Jaan_Tonisson_(Lasteleht), lk 56
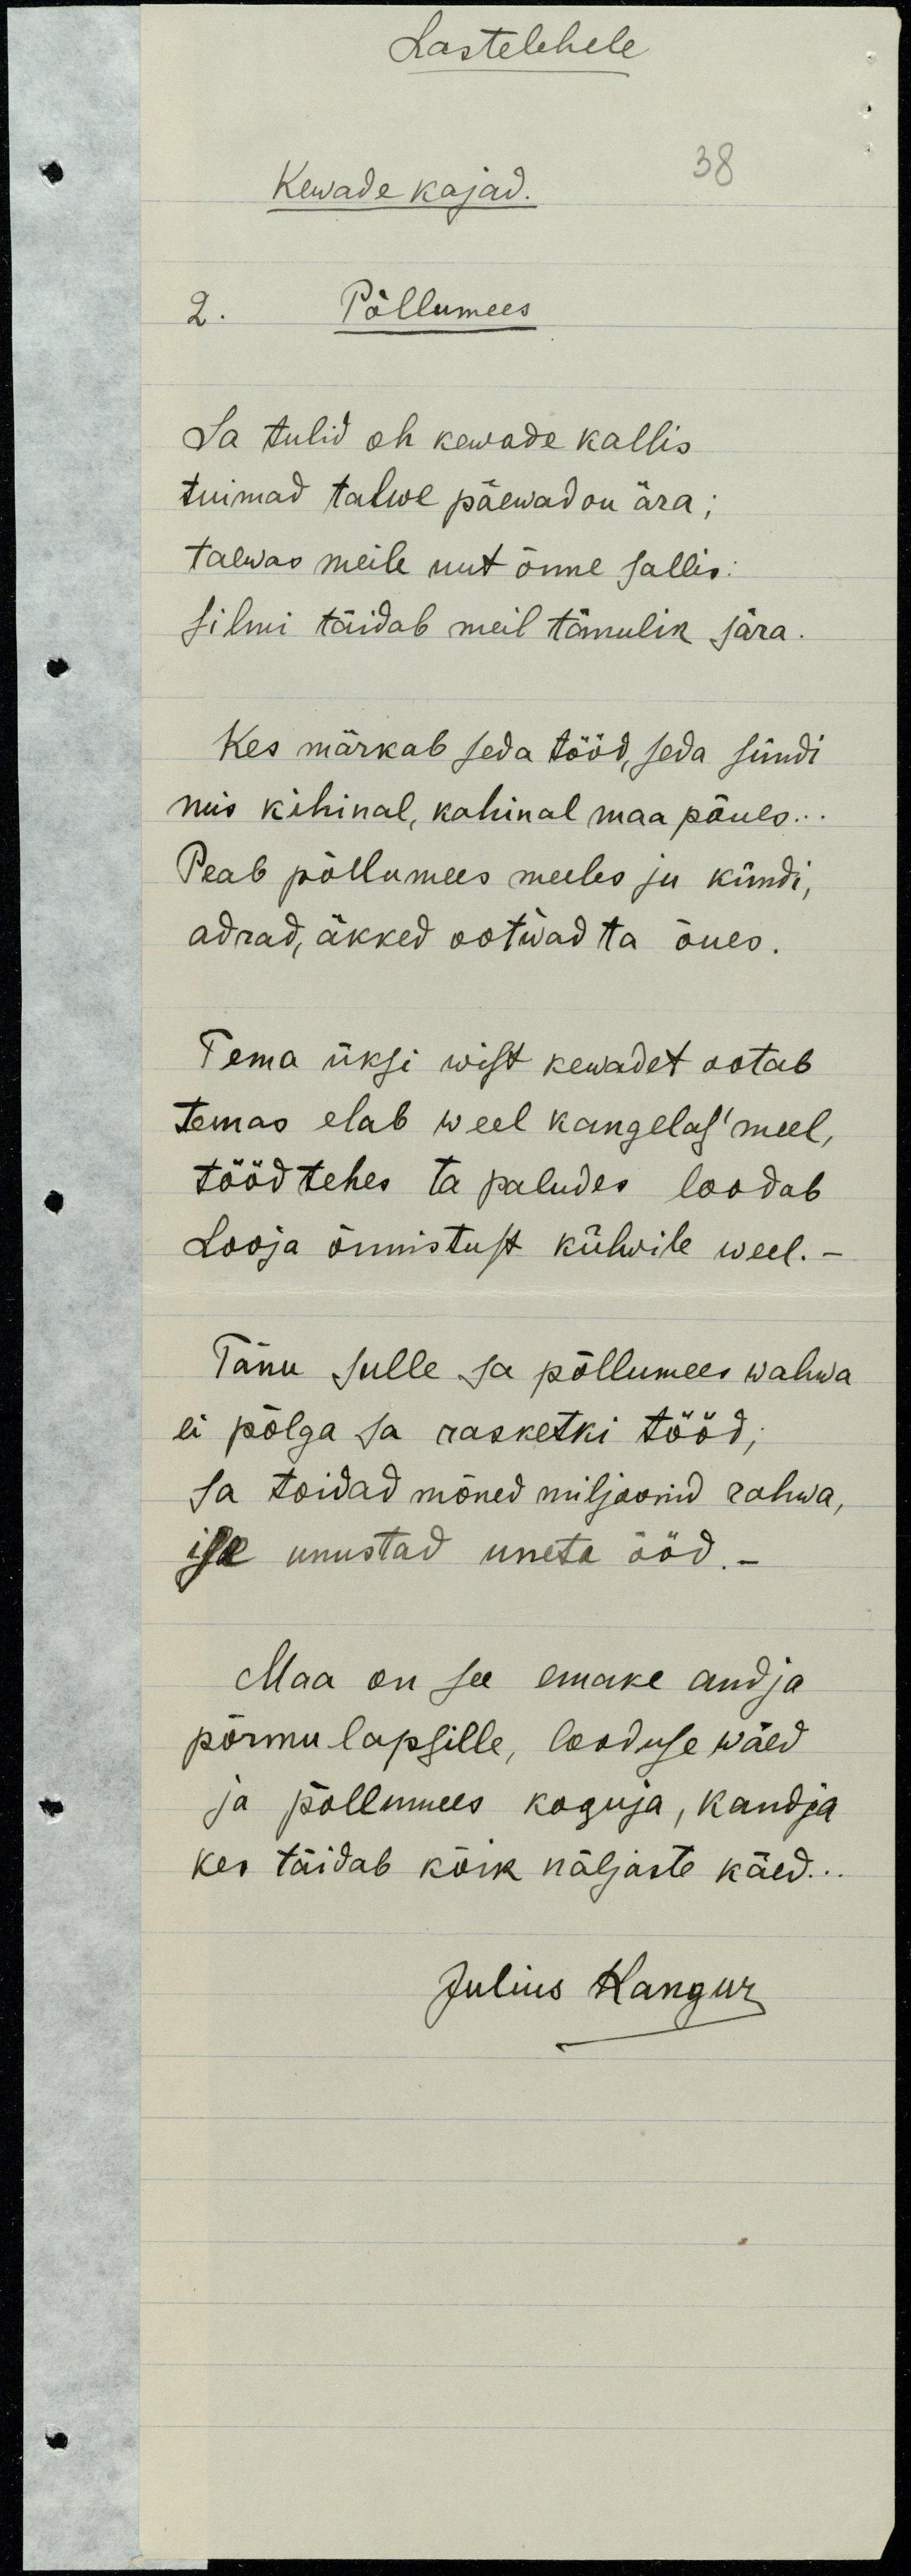
Lastelehele
38
Kewade kajad.
2. Põllumees
Sa tulid oh kewade kallis
tuimad talwe päewad on ära ;
taewas meile uut õnne sallis:
silmi täidab meil tänulik sära.
Kes märkab seda tööd, seda sündi
mis kihinal, kahinal maa põues . . .
Peab põllumees meeles ju kündi,
adrad, äkked ootwad ta õues.
Tema üksi wist kewadet ootab
Temas elab weel kangelas'meel,
tööd tehes ta paludes loodab
Looja õnnistust külwile weel. - 
Tänu sulle sa põllumees wahwa
ei põlga sa rasketki tööd;
sa toidad mõned miljoonid rahwa,
ise unustad uneta ööd. - 
Maa on see emake andja
põrmu lapsille, looduse wäed
ja põllumees koguja, kandja
kes täidab kõik näljaste käed . . .
Julius Kangur